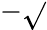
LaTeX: -\sqrt{}